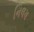
નિલય